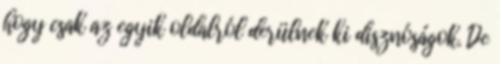
hogy csak az egyik oldalról derülnek ki disznóságok. De